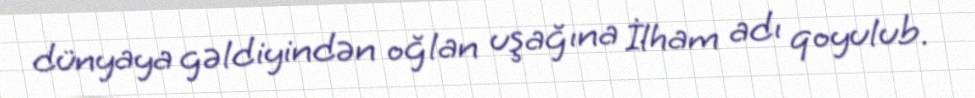
dünyaya gəldiyindən oğlan uşağına İlham adı qoyulub.